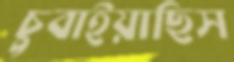
চুবাইয়াছিস